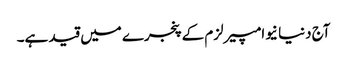
آج دنیا نیوامپیرلزم کے پنجرے میں قید ہے۔